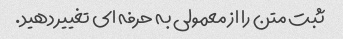
ثبت متن را از معمولی به حرفه ای تغییر دهید.